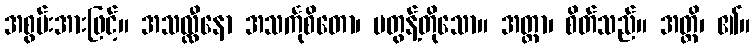
အစွမ်းအားဖြင့်။ အသလ္လီနော အသင်္ကုစိတော၊ မတွန့်တိုသော။ အတ္တာ၊ စိတ်သည်။ အတ္ထိ၊ ၏။